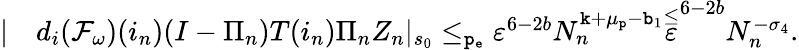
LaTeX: \begin{array}{rl}{|}&{d_{i}(\mathcal{F}_{\omega})(i_{n})(I-\Pi_{n})T(i_{n})\Pi_{n}Z_{n}|_{s_{0}}\le_{\mathtt{p_{e}}}\varepsilon^{6-2b}N_{n}^{\mathtt{k}+\mu_{\mathtt{p}}-\mathtt{b}_{1}}\overset\le\varepsilon^{6-2b}N_{n}^{-\sigma_{4}}.}\end{array}